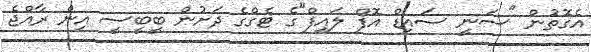
އެގޮތުން "ސަނީ ސައިޑް އޮފް ލައިފް"ގެ ޓެގްގެ ދަށުން ބީބީސީ އިން ރާއްޖެ